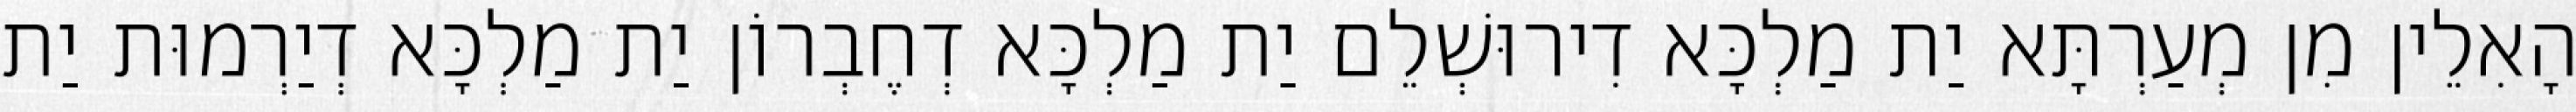
הָאִלֵין מִן מְעַרְתָּא יַת מַלְכָּא דִירוּשְׁלֵם יַת מַלְכָּא דְחֶבְרוֹן יַת מַלְכָּא דְיַרְמוּת יַת